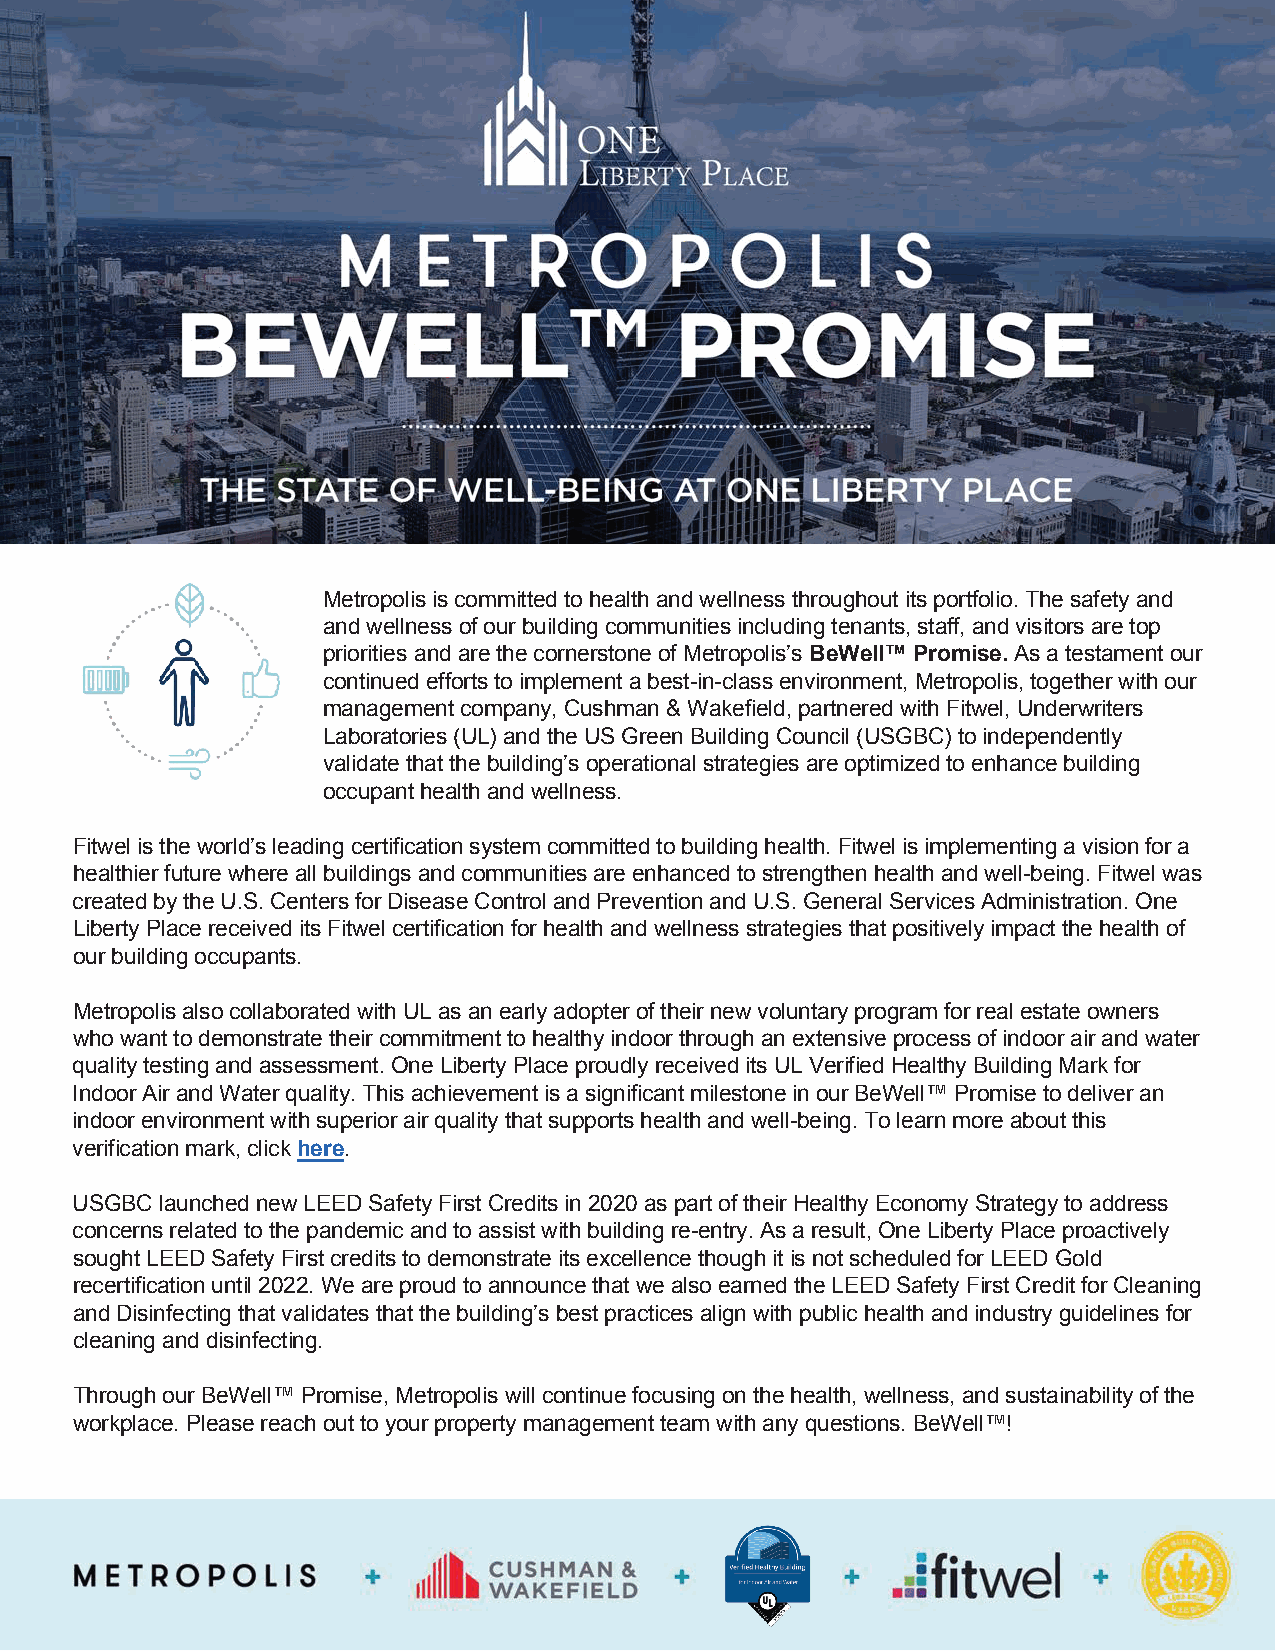
Metropolis is committed to health and wellness throughout its portfolio. The safety and
 and wellness of our building communities including tenants, staff, and visitors are top
 priorities and are the cornerstone of Metropolis’s BeW ell™Promise. As a testament our
 continued efforts to implement a best-in-class environment, Metropolis, together with our
 management company, Cushman & Wakefield, partnered with Fitwel, Underwriters
 Laboratories (UL) and the US Green Building Council (USGBC) to independently
 validate that the building’s operational strategies are optimized to enhance building
 occupant health and wellness.
 Fitwel is the world’s leading certification system committed to building health. Fitwel is implementing a vision for a
 healthier future where all buildings and communities are enhanced to strengthen health and well-being. Fitwel was
 created by the U.S. Centers for Disease Control and Prevention and U.S. General Services Administration. One
 Liberty Place received its Fitwel certification for health and wellness strategies that positively impact the health of
 our building occupants.
 Metropolis also collaborated with UL as an early adopter of their new voluntary program for real estate owners
 who want to demonstrate their commitment to healthy indoor through an extensive process of indoor air and water
 quality testing and assessment. One Liberty Place proudly received its UL Verified Healthy Building Mark for
 Indoor Air and Water quality. This achievement is a significant milestone in our BeWell™ Promise to deliver an
 indoor environment with superior air quality that supports health and well-being. To learn more about this
 verification mark, click here.
 USGBC launched new LEED Safety First Credits in 2020 as part of their Healthy Economy Strategy to address
 concerns related to the pandemic and to assist with building re-entry. As a result, One Liberty Place proactively
 sought LEED Safety First credits to demonstrate its excellence though it is not scheduled for LEED Gold
 recertification until 2022. We are proud to announce that we also earned the LEED Safety First Credit for Cleaning
 and Disinfecting that validates that the building’s best practices align with public health and industry guidelines for
 cleaning and disinfecting.
 Through our BeWell™ Promise, Metropolis will continue focusing on the health, wellness, and sustainability of the
 workplace. Please reach out to your property management team with any questions. BeWell™!